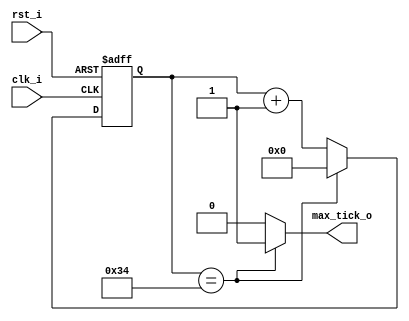
// Author:
// Name: .v
//
// Description: 

module mod_n_counter #(
  parameter Width  = 9,
  parameter MaxVal = 53
) (
  input  clk_i,
  input  rst_i,
  output max_tick_o
);

  reg  [Width-1:0] reg_q;
  wire [Width-1:0] reg_d;

  always @(posedge clk_i, posedge rst_i) begin
    if (rst_i)
      reg_q <= { Width {1'b0} };
    else
      reg_q <= reg_d;
  end

  assign reg_d = (reg_q == (MaxVal-1)) ? { Width {1'b0} } : reg_q + 1'b1;
  assign max_tick_o = (reg_q == (MaxVal-1)) ? 1'b1 : 1'b0;

endmodule